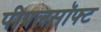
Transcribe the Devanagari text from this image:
पीपलसॉफ्ट